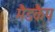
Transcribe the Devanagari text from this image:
मैडकैप